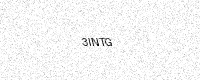
Text: 3INTG